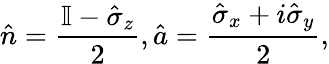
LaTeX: \hat{n}=\frac{\mathbb{I}-\hat{\sigma}_{z}}{2},\hat{a}=\frac{\hat{\sigma}_{x}+i\hat{\sigma}_{y}}{2},